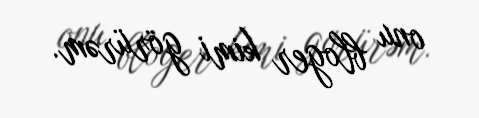
onu bloger kimi görürəm.